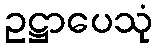
ဥဋ္ဌာပေသုံ